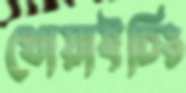
থোয়াইচিং